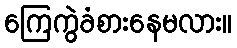
ကြေကွဲခံစားနေမလား။